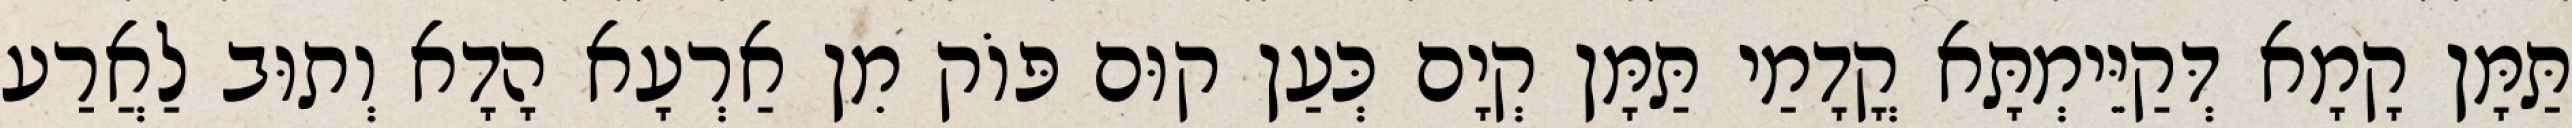
תַּמָּן קָמָא דְּקַיֵּימְתָּא קֳדָמַי תַּמָּן קְיָם כְּעַן קוּם פּוֹק מִן אַרְעָא הָדָא וְתוּב לַאֲרַע